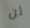
لن